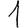
Digit: 1